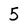
Character: 5